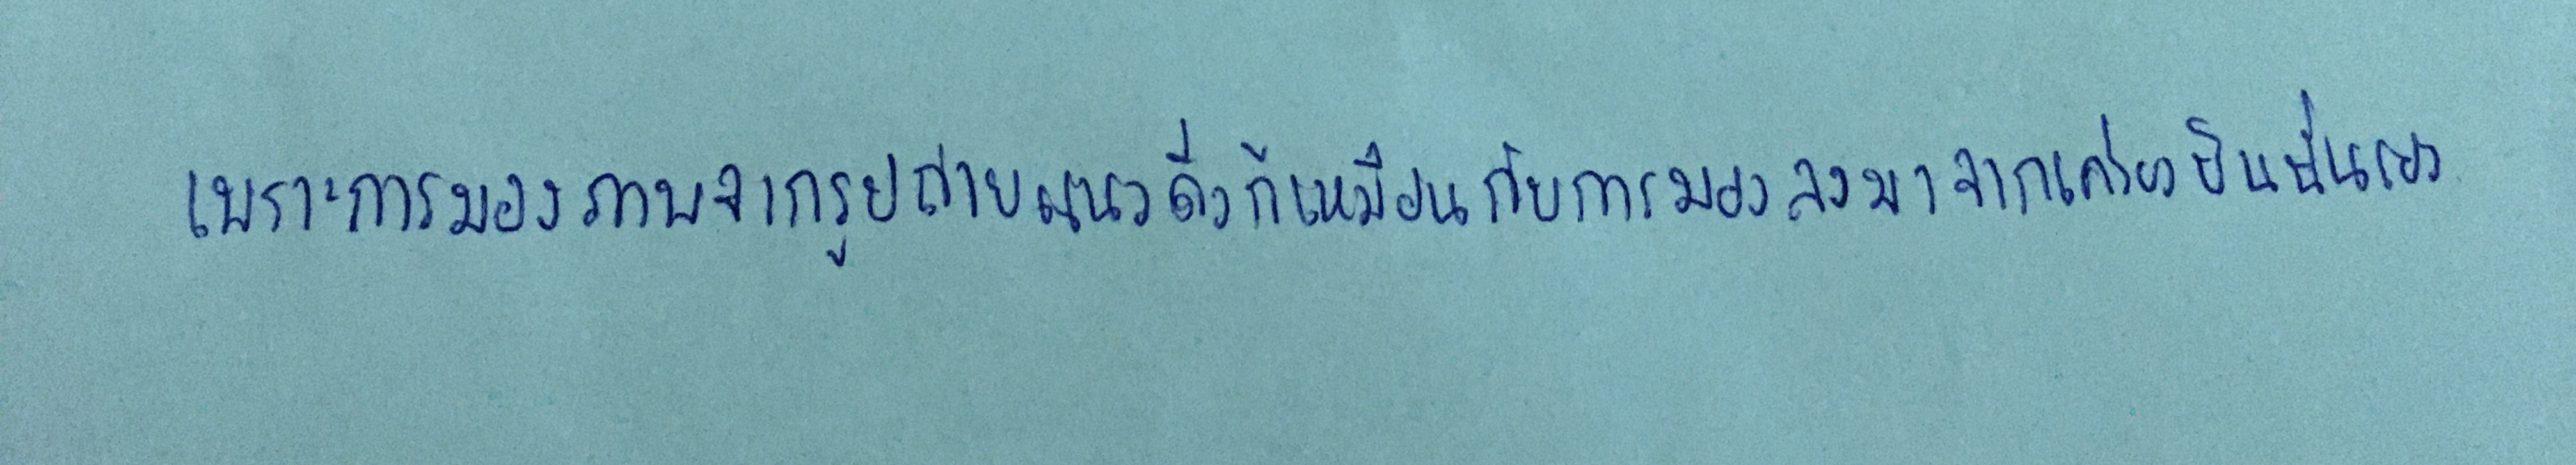
เพราะการมองภาพจากรูปถ่ายแนวดิ่งก็เหมือนกับการมองลงมาจากเครื่องบินนั่นเอง